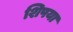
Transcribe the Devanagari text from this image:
शिपया